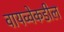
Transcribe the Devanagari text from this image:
वायव्वेकडील